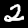
Digit: 2